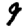
Digit: 9